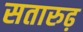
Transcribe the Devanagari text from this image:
सतारुढ़